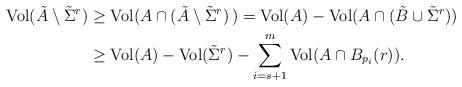
LaTeX: \begin{align*} {\rm Vol}(\tilde A\setminus {\tilde \Sigma}^{r}) & \geq{\rm Vol}(A \cap (\tilde A\setminus {\tilde\Sigma}^{r})\,) = {\rm Vol}(A) - {\rm Vol}(A\cap (\tilde B \cup {\tilde \Sigma}^{r})) \\& \geq {\rm Vol}(A) - {\rm Vol}({\tilde \Sigma}^{r}) - \sum_{i=s+1}^m {\rm Vol}(A\cap B_{p_i}(r)). \\\end{align*}